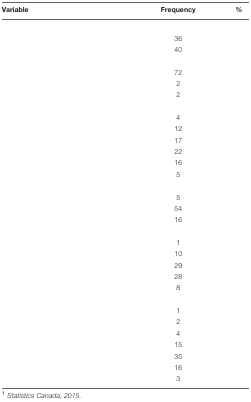
<table><thead><tr><td><b>Variable</b></td><td><b>Frequency</b></td><td><b><i>%</i></b></td></tr></thead><tbody><tr><td>[EMPTY_CELL]</td><td>[EMPTY_CELL]</td><td>[EMPTY_CELL]</td></tr><tr><td>[EMPTY_CELL]</td><td>36</td><td>[EMPTY_CELL]</td></tr><tr><td>[EMPTY_CELL]</td><td>40</td><td>[EMPTY_CELL]</td></tr><tr><td>[EMPTY_CELL]</td><td>[EMPTY_CELL]</td><td>[EMPTY_CELL]</td></tr><tr><td>[EMPTY_CELL]</td><td>72</td><td>[EMPTY_CELL]</td></tr><tr><td>[EMPTY_CELL]</td><td>2</td><td>[EMPTY_CELL]</td></tr><tr><td>[EMPTY_CELL]</td><td>2</td><td>[EMPTY_CELL]</td></tr><tr><td colspan="2">[EMPTY_CELL]</td><td>[EMPTY_CELL]</td></tr><tr><td>[EMPTY_CELL]</td><td>4</td><td>[EMPTY_CELL]</td></tr><tr><td>[EMPTY_CELL]</td><td>12</td><td>[EMPTY_CELL]</td></tr><tr><td>[EMPTY_CELL]</td><td>17</td><td>[EMPTY_CELL]</td></tr><tr><td>[EMPTY_CELL]</td><td>22</td><td>[EMPTY_CELL]</td></tr><tr><td>[EMPTY_CELL]</td><td>16</td><td>[EMPTY_CELL]</td></tr><tr><td>[EMPTY_CELL]</td><td>5</td><td>[EMPTY_CELL]</td></tr><tr><td colspan="3">[EMPTY_CELL]</td></tr><tr><td>[EMPTY_CELL]</td><td>5</td><td>[EMPTY_CELL]</td></tr><tr><td>[EMPTY_CELL]</td><td>54</td><td>[EMPTY_CELL]</td></tr><tr><td>[EMPTY_CELL]</td><td>16</td><td>[EMPTY_CELL]</td></tr><tr><td>[EMPTY_CELL]</td><td>[EMPTY_CELL]</td><td>[EMPTY_CELL]</td></tr><tr><td>[EMPTY_CELL]</td><td>1</td><td>[EMPTY_CELL]</td></tr><tr><td>[EMPTY_CELL]</td><td>10</td><td>[EMPTY_CELL]</td></tr><tr><td>[EMPTY_CELL]</td><td>29</td><td>[EMPTY_CELL]</td></tr><tr><td>[EMPTY_CELL]</td><td>28</td><td>[EMPTY_CELL]</td></tr><tr><td>[EMPTY_CELL]</td><td>8</td><td>[EMPTY_CELL]</td></tr><tr><td>[EMPTY_CELL]</td><td>[EMPTY_CELL]</td><td>[EMPTY_CELL]</td></tr><tr><td>[EMPTY_CELL]</td><td>1</td><td>[EMPTY_CELL]</td></tr><tr><td>[EMPTY_CELL]</td><td>2</td><td>[EMPTY_CELL]</td></tr><tr><td>[EMPTY_CELL]</td><td>4</td><td>[EMPTY_CELL]</td></tr><tr><td>[EMPTY_CELL]</td><td>15</td><td>[EMPTY_CELL]</td></tr><tr><td>[EMPTY_CELL]</td><td>35</td><td>[EMPTY_CELL]</td></tr><tr><td>[EMPTY_CELL]</td><td>16</td><td>[EMPTY_CELL]</td></tr><tr><td>[EMPTY_CELL]</td><td>3</td><td>[EMPTY_CELL]</td></tr></tbody></table>